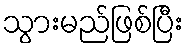
သွားမည်ဖြစ်ပြီး